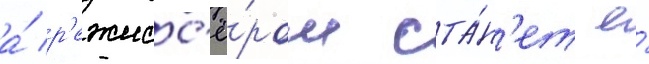
а́ р'ежисс'ё́ром ста́н'ет е́